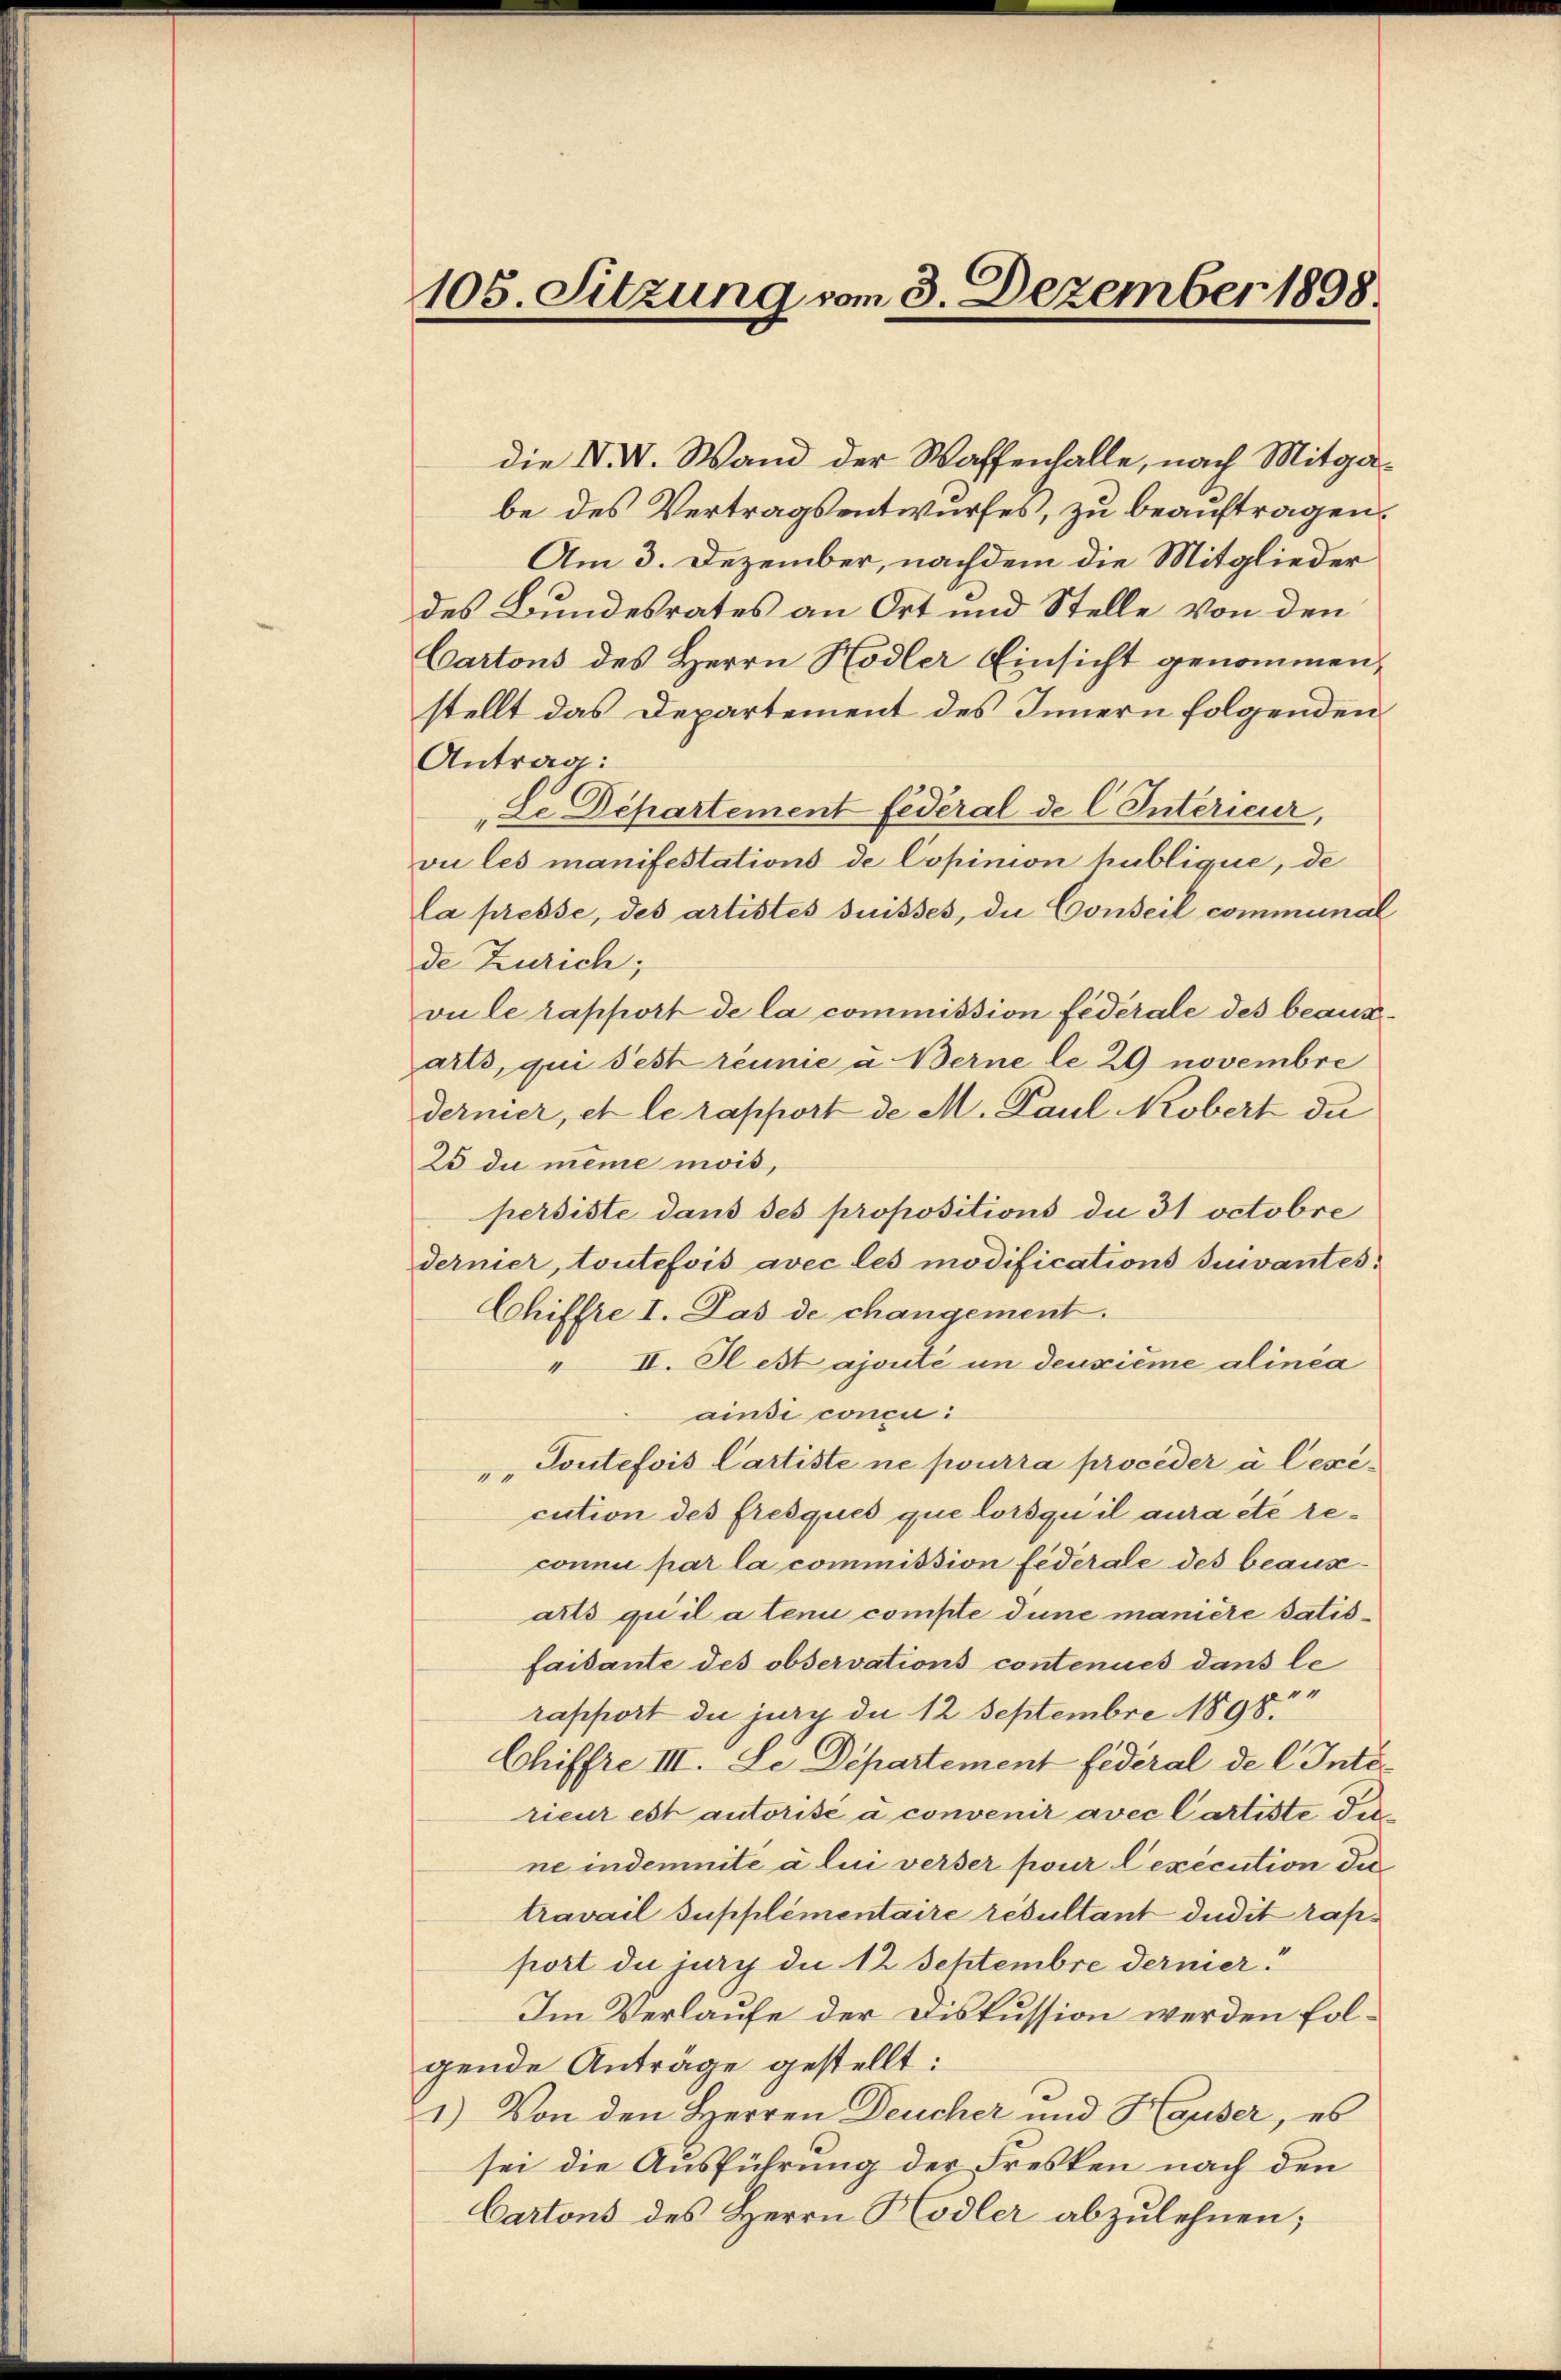
105. Sitzung vom 3. Dezember 1898.

die VII. Wand der Waffenfalle, nach Mitgabe des Vertragsentwurfes, zu beauftragen.
Am 3. Dezember, nachdem die Mitglieder
des Bundesrates an Ort und Stelle von den
Cartons des Herrn Hodler Einsicht genommen,
stellt das Departement des Innern folgenden
Antrag:
Le Departement fédéral de l. Interieur,
vu les manifestations de Copinion hublique, de
la presse, des artistes suisses, die Conseil communal
de Zürich;
vu le rapport de la commission federale des beaufarts, qui Fest reinie u. Berne le 29 novembre
dernier, et le rapport de M. Paul Kobert du
25 du meine mois,
persiste dans des propositions die 31 octobre
dernier, toutefois avec les modifications suivantes.
Chiffte I. Das de changement.
" II. Il est ajouté un deuxième alinea
aisi concu
""Toutefois Cartiste ne pourra proceder à lexicution des fresques que lorsqu’il aura été reconnu par la commission federale des beausarts qu’il a tenu compte dune manière satisfaisante des observations contenues dans le
"
rapport die jury die 12 Septembre 1898.
Chiffre III. Le Departement fédéral de l. Intirieur est autorise a convenir avec Cartiste die
ne indemnité à lui verser pour lexecution die
travail Supplémentaire résultant dudit rapport die jury die 12 Septembre dernier¬
Im Verlaufe der Diskussion werden folgende Anträge gestellt:
1.) Von den Herren Deucher und Hauser, es
sei die Ausführung der Fresken nach den
Cartons des Herrn Kodler abzulehnen;